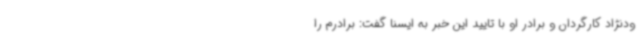
ودنژاد کارگردان و برادر او با تایید این خبر به ایسنا گفت: برادرم را